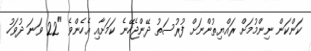
ކަންކަން ނިންމުމަށް ރައްޔިތުންނަށް ފުރުސަތު ދޭންޖެހޭނެ ކަމަށާއި އެހެންވެ "22 ވަނަ ދުވަހު